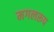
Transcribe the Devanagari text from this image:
मगलरूप